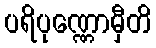
ပရိပုဏ္ဏောမှီတိ